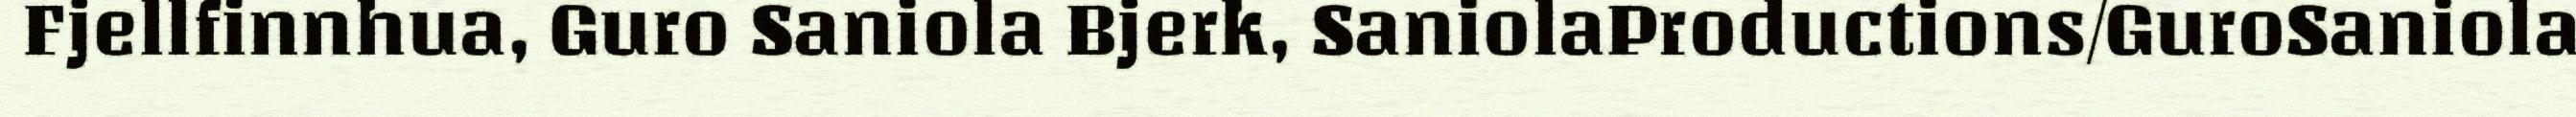
Fjellfinnhua, Guro Saniola Bjerk, SaniolaProductions/GuroSaniola